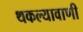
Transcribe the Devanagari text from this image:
थकल्यावाणी